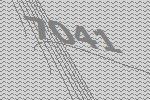
7041